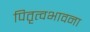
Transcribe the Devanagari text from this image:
पितृत्वभावना